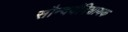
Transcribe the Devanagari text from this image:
सौन्दर्यविशायक